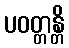
ပဝတ္တန္တိ